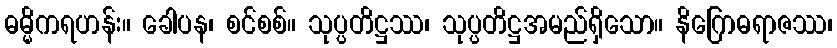
ဓမ္မိကရဟန်း။ ခေါပန၊ စင်စစ်။ သုပ္ပတိဋ္ဌဿ၊ သုပ္ပတိဋ္ဌအမည်ရှိသော။ နိဂြောဓရာဇဿ၊